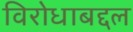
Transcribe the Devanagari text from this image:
विरोधाबद्दल